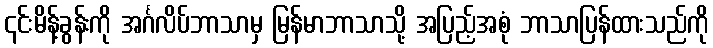
၎င်းမိန့်ခွန်းကို အင်္ဂလိပ်ဘာသာမှ မြန်မာဘာသာသို့ အပြည့်အစုံ ဘာသာပြန်ထားသည်ကို